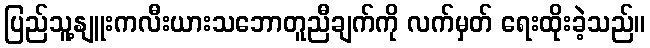
ပြည်သူ့နျူးကလီးယားသဘောတူညီချက်ကို လက်မှတ် ရေးထိုးခဲ့သည်။